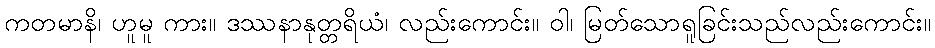
ကတမာနိ၊ ဟူမူ ကား။ ဒဿနာနုတ္တရိယံ၊ လည်းကောင်း။ ဝါ၊ မြတ်သောရူခြင်းသည်လည်းကောင်း။